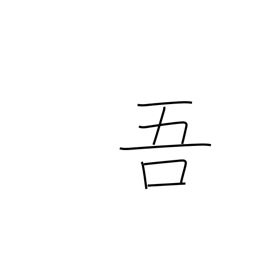
Meaning: my